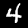
Label: 4